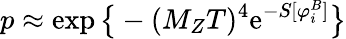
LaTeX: p\approx\exp\big\{ -(M_{Z}T)^{4}\mathrm{e}^{-S[\varphi_{i}^{B}]}\big\}